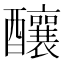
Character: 釀